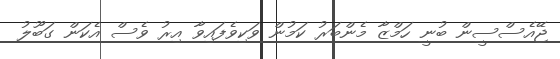
ޖޭއެސްސީން ބުނީ ހަމްޒާ މެންބަރު ކަމުން ވަކިވެފައިވާ އިރު ވެސް އެކަން ގަބޫލު